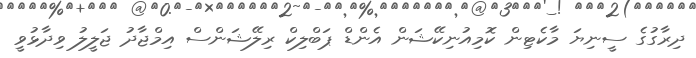
ދިރާގުގެ ސީނިޔަ މާކެޓިން ކޮމިއުނިކޭޝަން އެންޑް ޕަބްލިކް ރިލޭޝަންސް އިމްޖާދު ޖަލީލު ވިދާޅުވީ